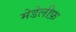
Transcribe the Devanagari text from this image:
मेडेलीफ़